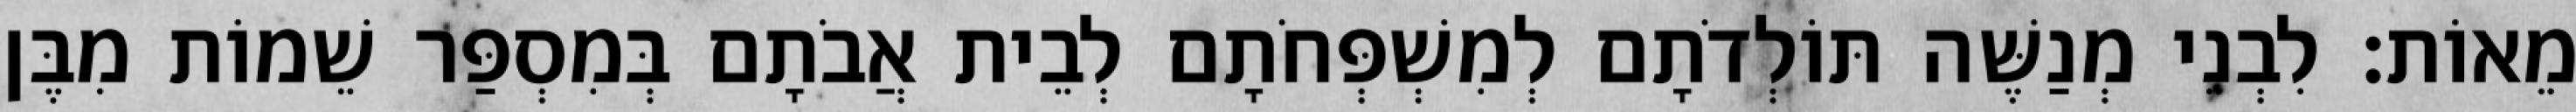
מֵאוֹת׃ לִבְנֵי מְנַשֶּׁה תּוֹלְדֹתָם לְמִשְׁפְּחֹתָם לְבֵית אֲבֹתָם בְּמִסְפַּר שֵׁמוֹת מִבֶּן